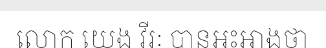
លោក យេង វីរៈ បានអះអាងថា